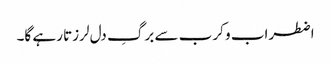
اضطراب و کرب سے برگِ دل لرزتا رہے گا۔